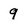
Character: 9